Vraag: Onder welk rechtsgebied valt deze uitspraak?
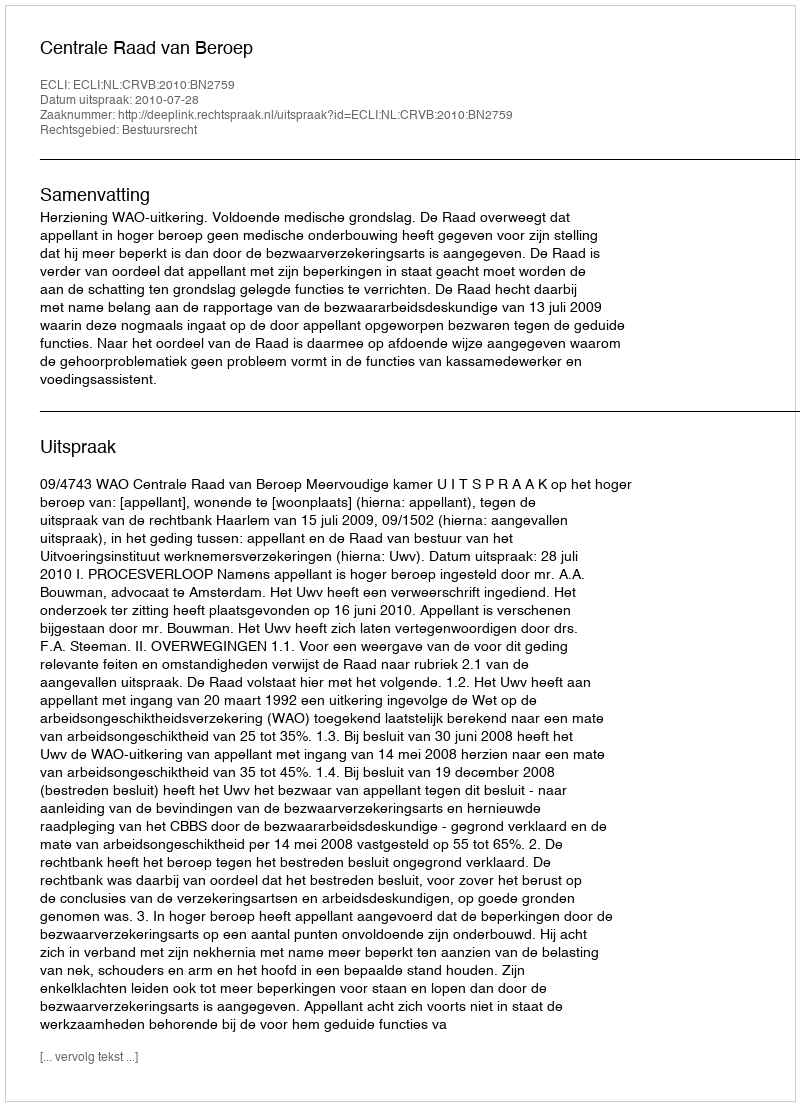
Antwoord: Bestuursrecht